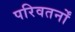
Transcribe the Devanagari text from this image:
परिवतर्नों